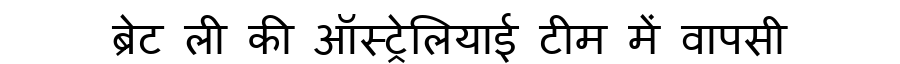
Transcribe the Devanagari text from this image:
ब्रेट ली की ऑस्ट्रेलियाई टीम में वापसी